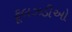
ફૂલઝડીઓ